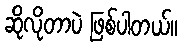
ဆိုလိုတာပဲ ဖြစ်ပါတယ်။